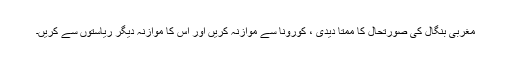
مغربی بنگال کی صورتحال کا ممتا دیدی ، کورونا سے موازنہ کریں اور اس کا موازنہ دیگر ریاستوں سے کریں۔